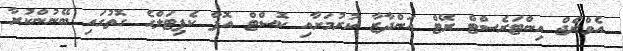
އެވްރެޖް އިންޓަރެސްޓް ރޭޓް އަންދާޒާ ކުރުމަށާއި ކޮސްޓް އޮފް ކެޕިޓަލްގެ ގޮތުގައި ބޭނުންކުރާ